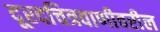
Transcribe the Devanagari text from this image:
दूरदचित्रवाणीवरील